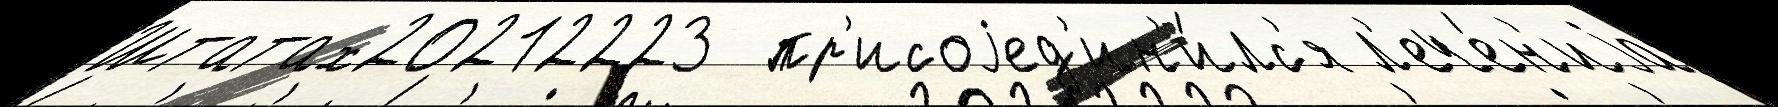
Штатах20212223  пр'исоjед'ин'и́лс'я л'ече́н'иjа